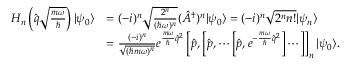
\begin{array} { r l } { H _ { n } \left( \hat { q } \sqrt { \frac { m \omega } { \hbar } } \right) | \psi _ { 0 } \rangle } & { = ( - i ) ^ { n } \sqrt { \frac { 2 ^ { n } } { ( \hbar \omega ) ^ { n } } } ( \hat { A } ^ { \dagger } ) ^ { n } | \psi _ { 0 } \rangle = ( - i ) ^ { n } \sqrt { 2 ^ { n } n ! } | \psi _ { n } \rangle } \\ & { = \frac { ( - i ) ^ { n } } { \sqrt { ( \hbar m \omega ) ^ { n } } } e ^ { \frac { m \omega } { \hbar } \hat { q } ^ { 2 } } \left[ \hat { p } , \left[ \hat { p } , \cdots \left[ \hat { p } , e ^ { - \frac { m \omega } { \hbar } \hat { q } ^ { 2 } } \right] \cdots \right] \right] _ { n } | \psi _ { 0 } \rangle . } \end{array}